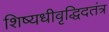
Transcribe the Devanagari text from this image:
शिष्यधीवृद्धिदतंत्र